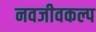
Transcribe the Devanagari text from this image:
नवजीवकल्प